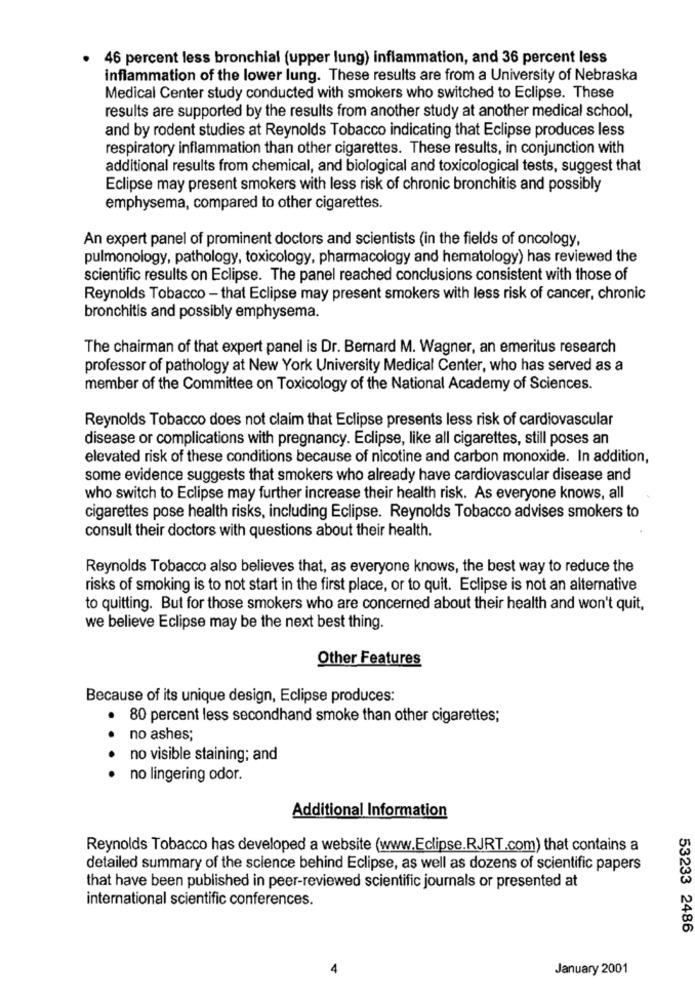
· 46 percent less bronchial (upper lung) inflammation, and 36 percent less
inflammation of the lower lung. These results are from a University of Nebraska
Medical Center study conducted with smokers who switched to Eclipse. These
results are supported by the results from another study at another medical school,
and by rodent studies at Reynolds Tobacco indicating that Eclipse produces less
respiratory inflammation than other cigarettes. These results, in conjunction with
additional results from chemical, and biological and toxicological tests, suggest that
Eclipse may present smokers with less risk of chronic bronchitis and possibly
emphysema, compared to other cigarettes.
An expert panel of prominent doctors and scientists (in the fields of oncology,
pulmonology, pathology, toxicology, pharmacology and hematology) has reviewed the
scientific results on Eclipse. The panel reached conclusions consistent with those of
Reynolds Tobacco - that Eclipse may present smokers with less risk of cancer, chronic
bronchitis and possibly emphysema.
The chairman of that expert panel is Dr. Bernard M. Wagner, an emeritus research
professor of pathology at New York University Medical Center, who has served as a
member of the Committee on Toxicology of the National Academy of Sciences.
Reynolds Tobacco does not claim that Eclipse presents less risk of cardiovascular
disease or complications with pregnancy. Eclipse, like all cigarettes, still poses an
elevated risk of these conditions because of nicotine and carbon monoxide. In addition,
some evidence suggests that smokers who already have cardiovascular disease and
who switch to Eclipse may further increase their health risk. As everyone knows, all
cigarettes pose health risks, including Eclipse. Reynolds Tobacco advises smokers to
consult their doctors with questions about their health.
Reynolds Tobacco also believes that, as everyone knows, the best way to reduce the
risks of smoking is to not start in the first place, or to quit. Eclipse is not an alternative
to quitting. But for those smokers who are concerned about their health and won't quit,
we believe Eclipse may be the next best thing.
Other Features
Because of its unique design, Eclipse produces:
. 80 percent less secondhand smoke than other cigarettes;
no ashes;
no visible staining; and
·· · ·
no lingering odor.
Additional Information
Reynolds Tobacco has developed a website (www.Eclipse.RJRT.com) that contains a
detailed summary of the science behind Eclipse, as well as dozens of scientific papers
that have been published in peer-reviewed scientific journals or presented at
international scientific conferences.
53233 2486
4
January 2001